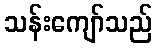
သန်းကျော်သည်